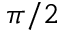
\pi / 2